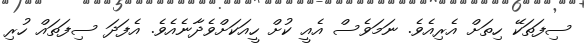
ސިފަތަކޭ ހިތަށް އެރިއެވެ. ނަމަވެސް އެއީ ކުށް ހީއަކަށްވެދާނެއެވެ. އެފަދަ ސިފަތައް ހުރި